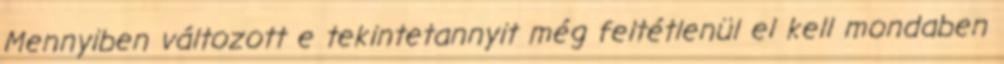
Mennyiben változott e tekintetannyit még feltétlenül el kell mondaben